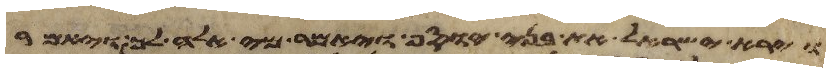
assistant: וירא ישראל את בני יוסף ויאמר מי אלה לך ויאמר